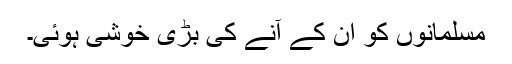
مسلمانوں کو ان کے آنے کی بڑی خوشی ہوئی۔